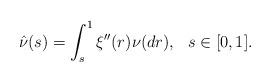
LaTeX: \begin{align*}\hat \nu(s)=\int_s^1 \xi''(r)\nu(dr), \ \ s\in[0,1].\end{align*}